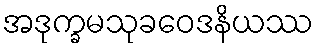
အဒုက္ခမသုခဝေဒနိယဿ